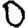
Digit: 0